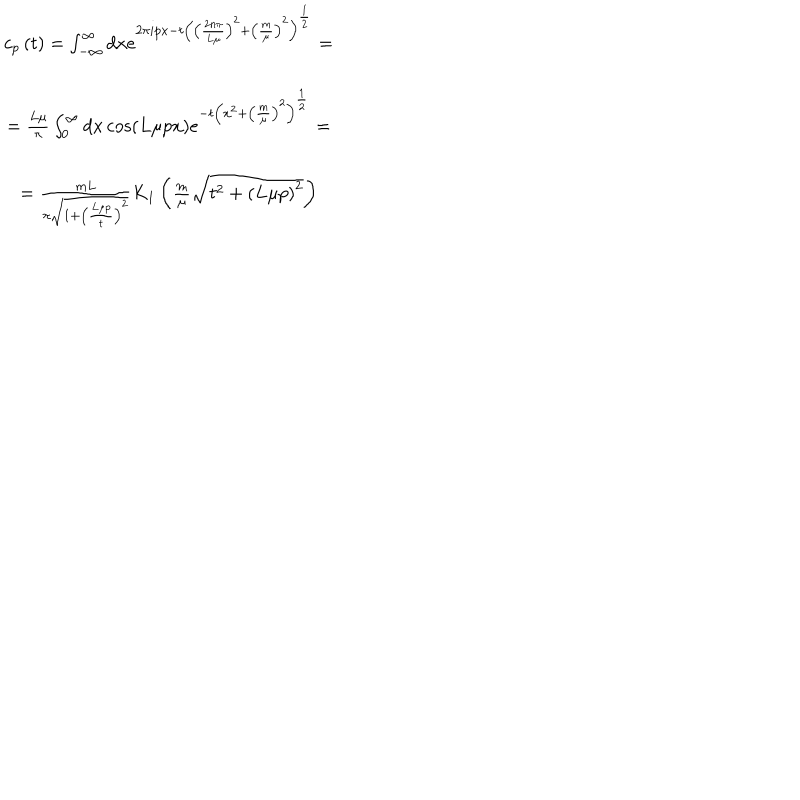
LaTeX: \begin{array} { c } { { c _ { p } \left( t \right) = \int _ { - \infty } ^ { \infty } d x e ^ { 2 \pi i p x - t \left( \left( \frac { 2 n \pi } { L \mu } \right) ^ { 2 } + \left( \frac m \mu \right) ^ { 2 } \right) ^ { \frac 1 2 } } = } } \\ { { = \frac { L \mu } \pi \int _ { 0 } ^ { \infty } d x \cos \left( L \mu p x \right) e ^ { - t \left( x ^ { 2 } + \left( \frac m \mu \right) ^ { 2 } \right) ^ { \frac 1 2 } } = } } \\ { { = \frac { m L } { \pi \sqrt { 1 + \left( \frac { L \mu p } t \right) ^ { 2 } } } K _ { 1 } \left( \frac m \mu \sqrt { t ^ { 2 } + \left( L \mu p \right) ^ { 2 } } \right) } } \\ \end{array}